Insane asylums in Bengal annual reports 1867-1875 - 1867-1875
Year: 1867
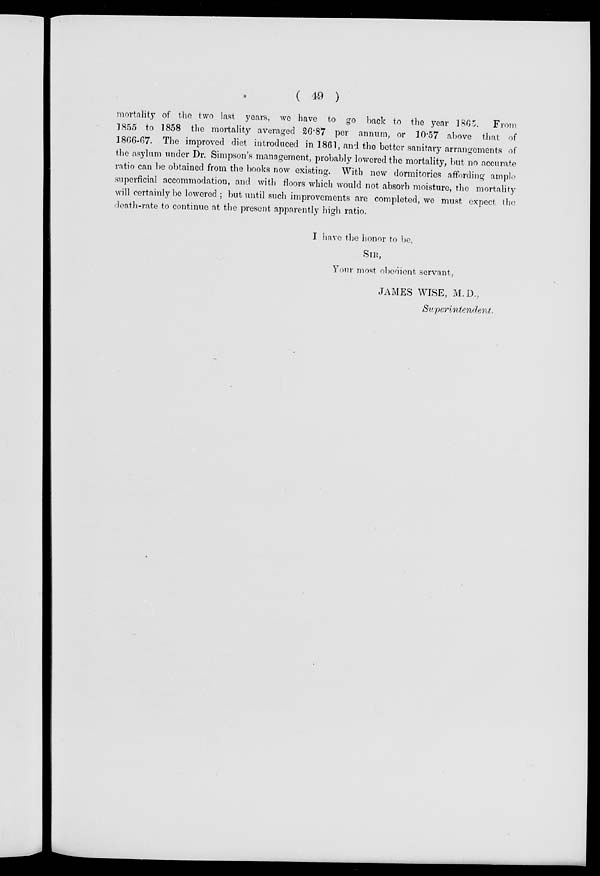
( 49 )
mortality of the two last years, we have to go back to the year 1865. From
1855 to 1858 the mortality averaged 26.87 per annum, or 10.57 above that of
1866-67. The improved diet introduced in 1861, and the better sanitary arrangements of
the asylum under Dr. Simpson's management, probably lowered the mortality, but no accurate
ratio can be obtained from the books now existing. With new dormitories affording ample
superficial accommodation, and with floors which would not absorb moisture, the mortality
will certainly be lowered ; but until such improvements are completed, we must expect the
death-rate to continue at the present apparently high ratio.
I have the honor to be,
SIR,
Your most obedient servant,
JAMES WISE, M.D.,
Superintendent.